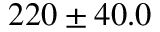
2 2 0 \pm 4 0 . 0